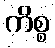
ကိစ္စ